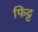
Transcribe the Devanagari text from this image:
फिट्ट